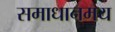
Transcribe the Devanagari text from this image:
समाधानमय